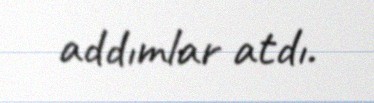
addımlar atdı.